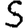
Digit: 5